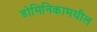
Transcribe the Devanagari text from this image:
डोमिनिकामधील